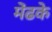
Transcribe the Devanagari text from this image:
मेंढके